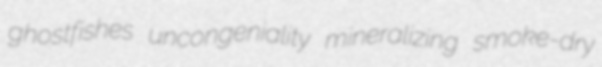
ghostfishes uncongeniality mineralizing smoke-dry